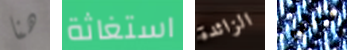
هنا استغاثة الزائدة رحلتهم